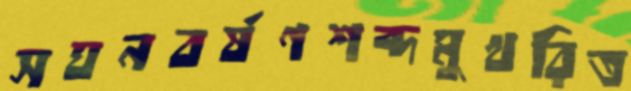
সঘনবর্ষণশব্দমুখরিত